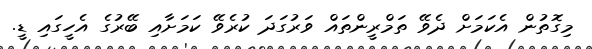
މިގޮތުން އެކަމަށް ދެވޭ ތަމްރީންތައް ވަރުގަދަ ކުރެވޭ ކަމަށާއި ބޭރުގެ އެހީގައި ޑީ.